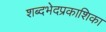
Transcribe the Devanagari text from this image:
शब्दभेदप्रकाशिका